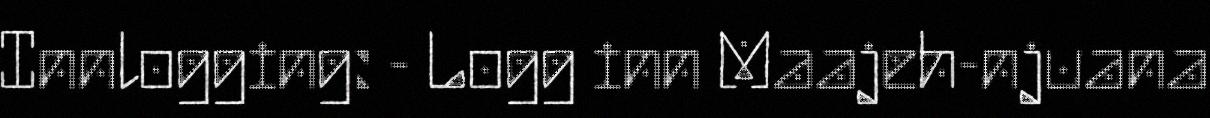
Innlogging: - Logg inn Maajeh-njuana